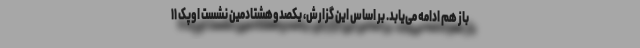
باز هم ادامه می‌یابد. بر اساس این گزارش، یکصدوهشتادمین نشست اوپک ۱۱